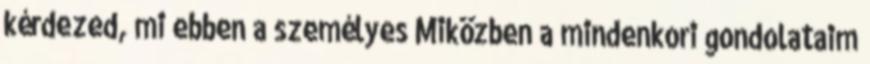
kérdezed, mi ebben a személyes Miközben a mindenkori gondolataim